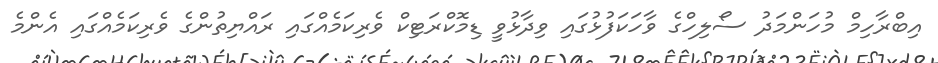
އިބްރާހިމް މުހަންމަދު ސޯލިހްގެ ވާހަކަފުޅުގައި ވިދާޅުވީ ޑިމޮކްރަޓިކް ވެރިކަމެއްގައި ރައްޔިތުންގެ ވެރިކަމެއްގައި އެންމެ